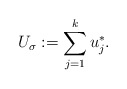
\begin{align*}U_\sigma := \sum_{j=1}^k u_j^*. \end{align*}